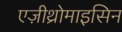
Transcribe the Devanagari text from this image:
एज़ीथ्रोमाइसिन